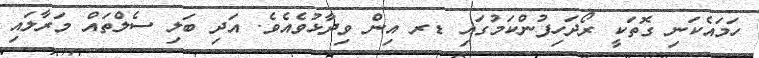
ހަމައެކަނި ގޮތަކީ ރޯދަހިފުންކަމުގައި ޑރ އިން ވިދާޅުވެއެވެ. އަދި ބަލި ސެލްތައް މަރާލައި